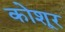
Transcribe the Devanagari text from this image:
कोशूर